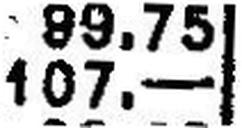
107.—